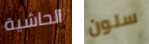
الحاشية سلون